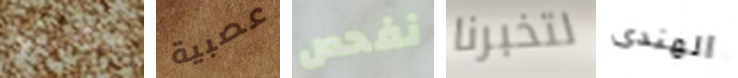
ستحبينها عصبية نفحص لتخبرنا الهندى